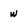
Character: w